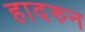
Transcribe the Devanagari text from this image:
हादरुन